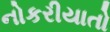
નોકરીયાતો